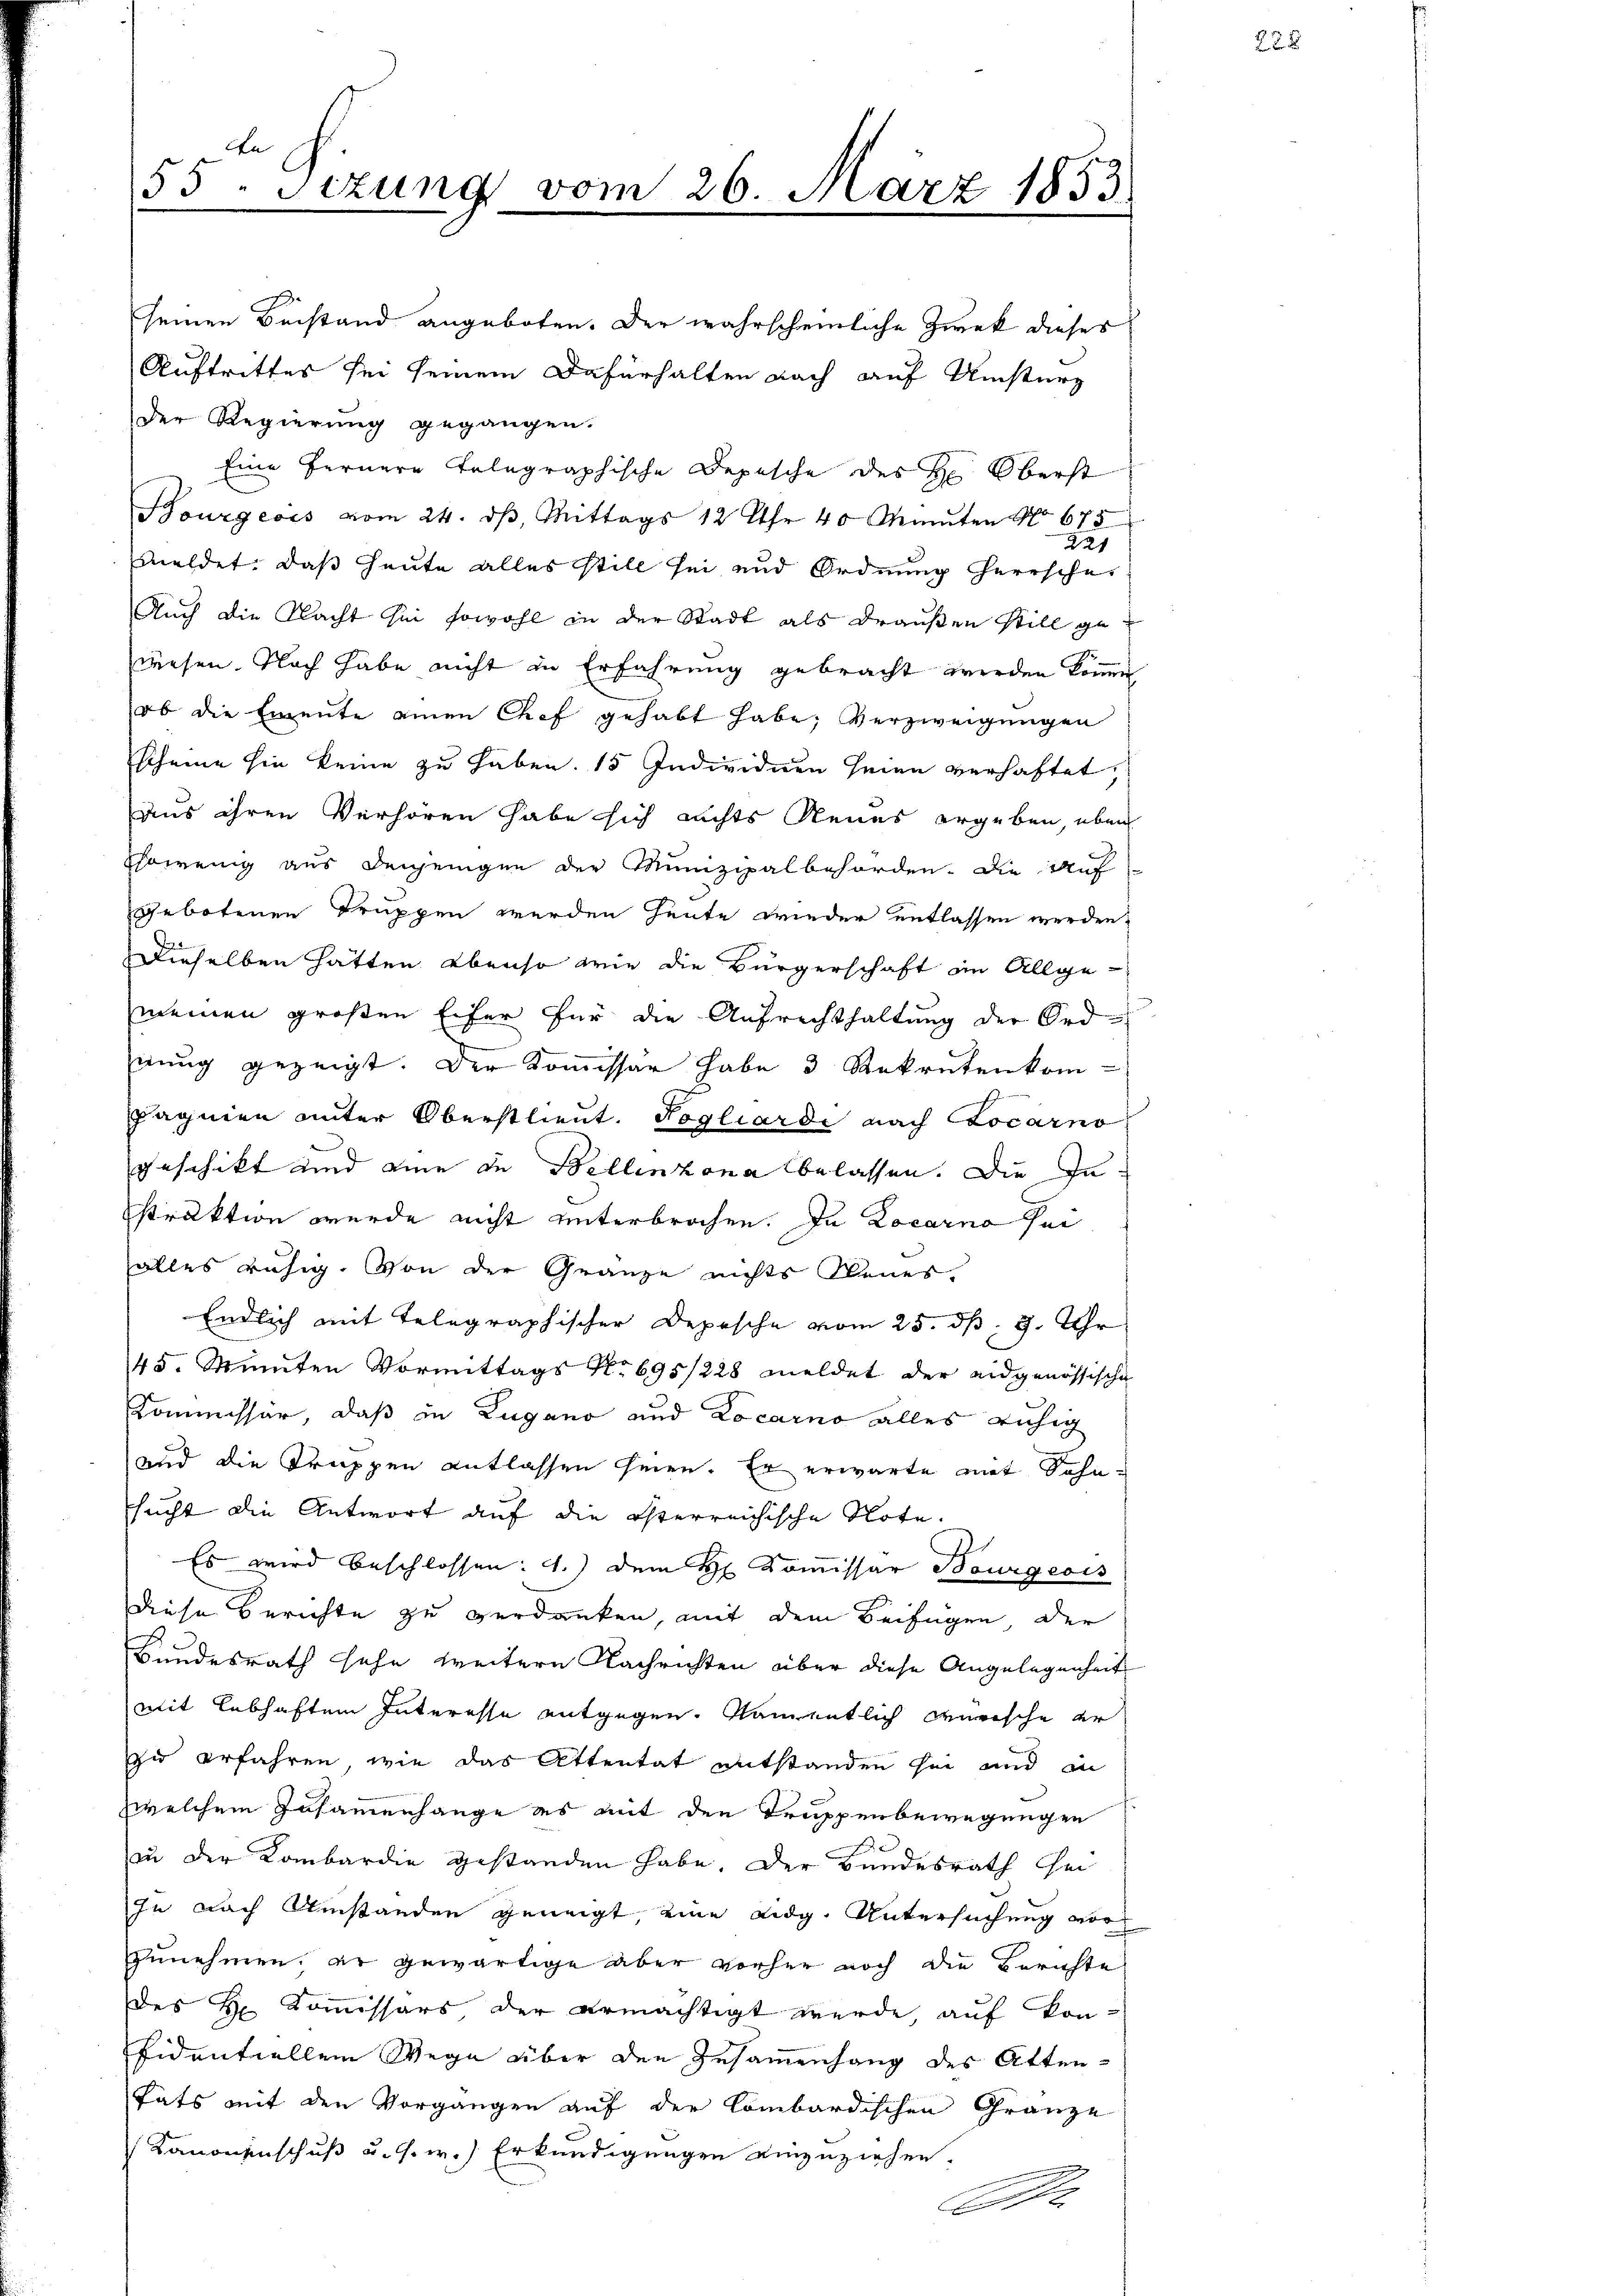
55. Sizung vom 26. März 1853.

Der Regierung gegangen.
Auch die Nacht sei sowohl in der Stadt als draußen still gewesen. Nach habe nicht in Erfahrung gebracht werden könne,
ob die Emente einen Chef gehabt habe; Verzweigungen
scheine hin keine zu haben. 15 Individuen seien verhaftet,
aus ihren Verhören habe sich nichts Neues ergeben, eben
Esowenig aus denjenigen der Munizipalbehörden. Die auf
Gebotenen Truppen werden heute wieder entlassen werden.
Dieselben hätten. Ebenso wie die Bürgerschaft im Allge-
meinen großen Eifer für die Aufrechthaltung der Ord-
nung gezeigt. Der Kommissär habe 3 Rekrutenkom-
Jagnien unter Oberstlieut. Pogliardi nach Locarno
geschickt und eine de Bellinzona belassen. Die Zustruktion wurde nicht unterbrochen. In Locarno sei
alles ruhig. Von der Gränze nichts Neues,
Endlich mit Telegraphischer Depesche vom 25. dß. 9. Uhr
45. Winten Vormittags No 695/228 meldet der eidgenössische
Kommissar, daß in Zugano und Locarno alles ruhig
und die Truppen entlassen seien. Er erwarte mit Sohnsucht die Antwort auf die österreichische Note.
Es wird beschlossen: 1.) Dem Hr. Kommissar Bourgeois
diese Berichte zu verdanken, mit dem Beifügen der
Bundesrath sehe weitern Nachrichten über diese Angelegenheits
mit lebhaften Interesse entgegen. Namentlich warische er
zu erfahren, wie das Attentat entstanden sei und in
zwelchem Zusammenhänge es mit den Truppenbewegungen
zu der Kombardie gestanden habe. Der Bundesrath sei
In nach Umstanden geneigt, eine Lidg. Untersuchung vorzunehmen. Er gewärtige aber vorher noch die Berichte
des Sr. Kommissärs der ermächtigt werde, auf kon-
sidentiellem Wege über den Zusammenhang des Atten-
täts mit den Vorgangen auf der Combardischen Gränze
Kanonenschuß u. s. w.) Erkundigungen einzuziehen.
M.

seinen Beistand angeboten. Der wahrscheinliche Zwek dieses
Auftrittes sei seinem Dafürhalten nach auf Umsturz
Eine fernere telegraphische Depesche des H: Oberst
Bourgeois vom 24. dβ, Mittags 12 Uhr 40 Manten No 675
221
meldet, daß heute alles still sei und Ordnung herrschei

22